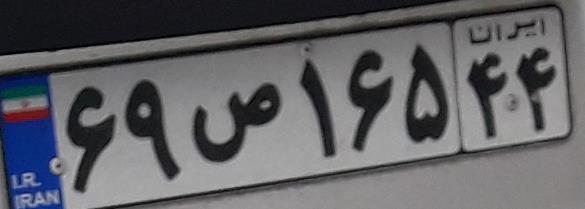
۶۹ص۱۶۵۴۴